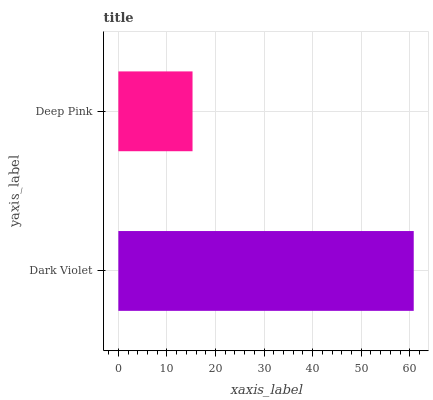
| yaxis_label | bars |
 | --- | --- |
 | Dark Violet | 60.8 |
 | Deep Pink | 15.3 |